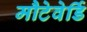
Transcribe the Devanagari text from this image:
मौटेवेर्डि